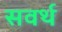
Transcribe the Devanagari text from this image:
सवर्थ